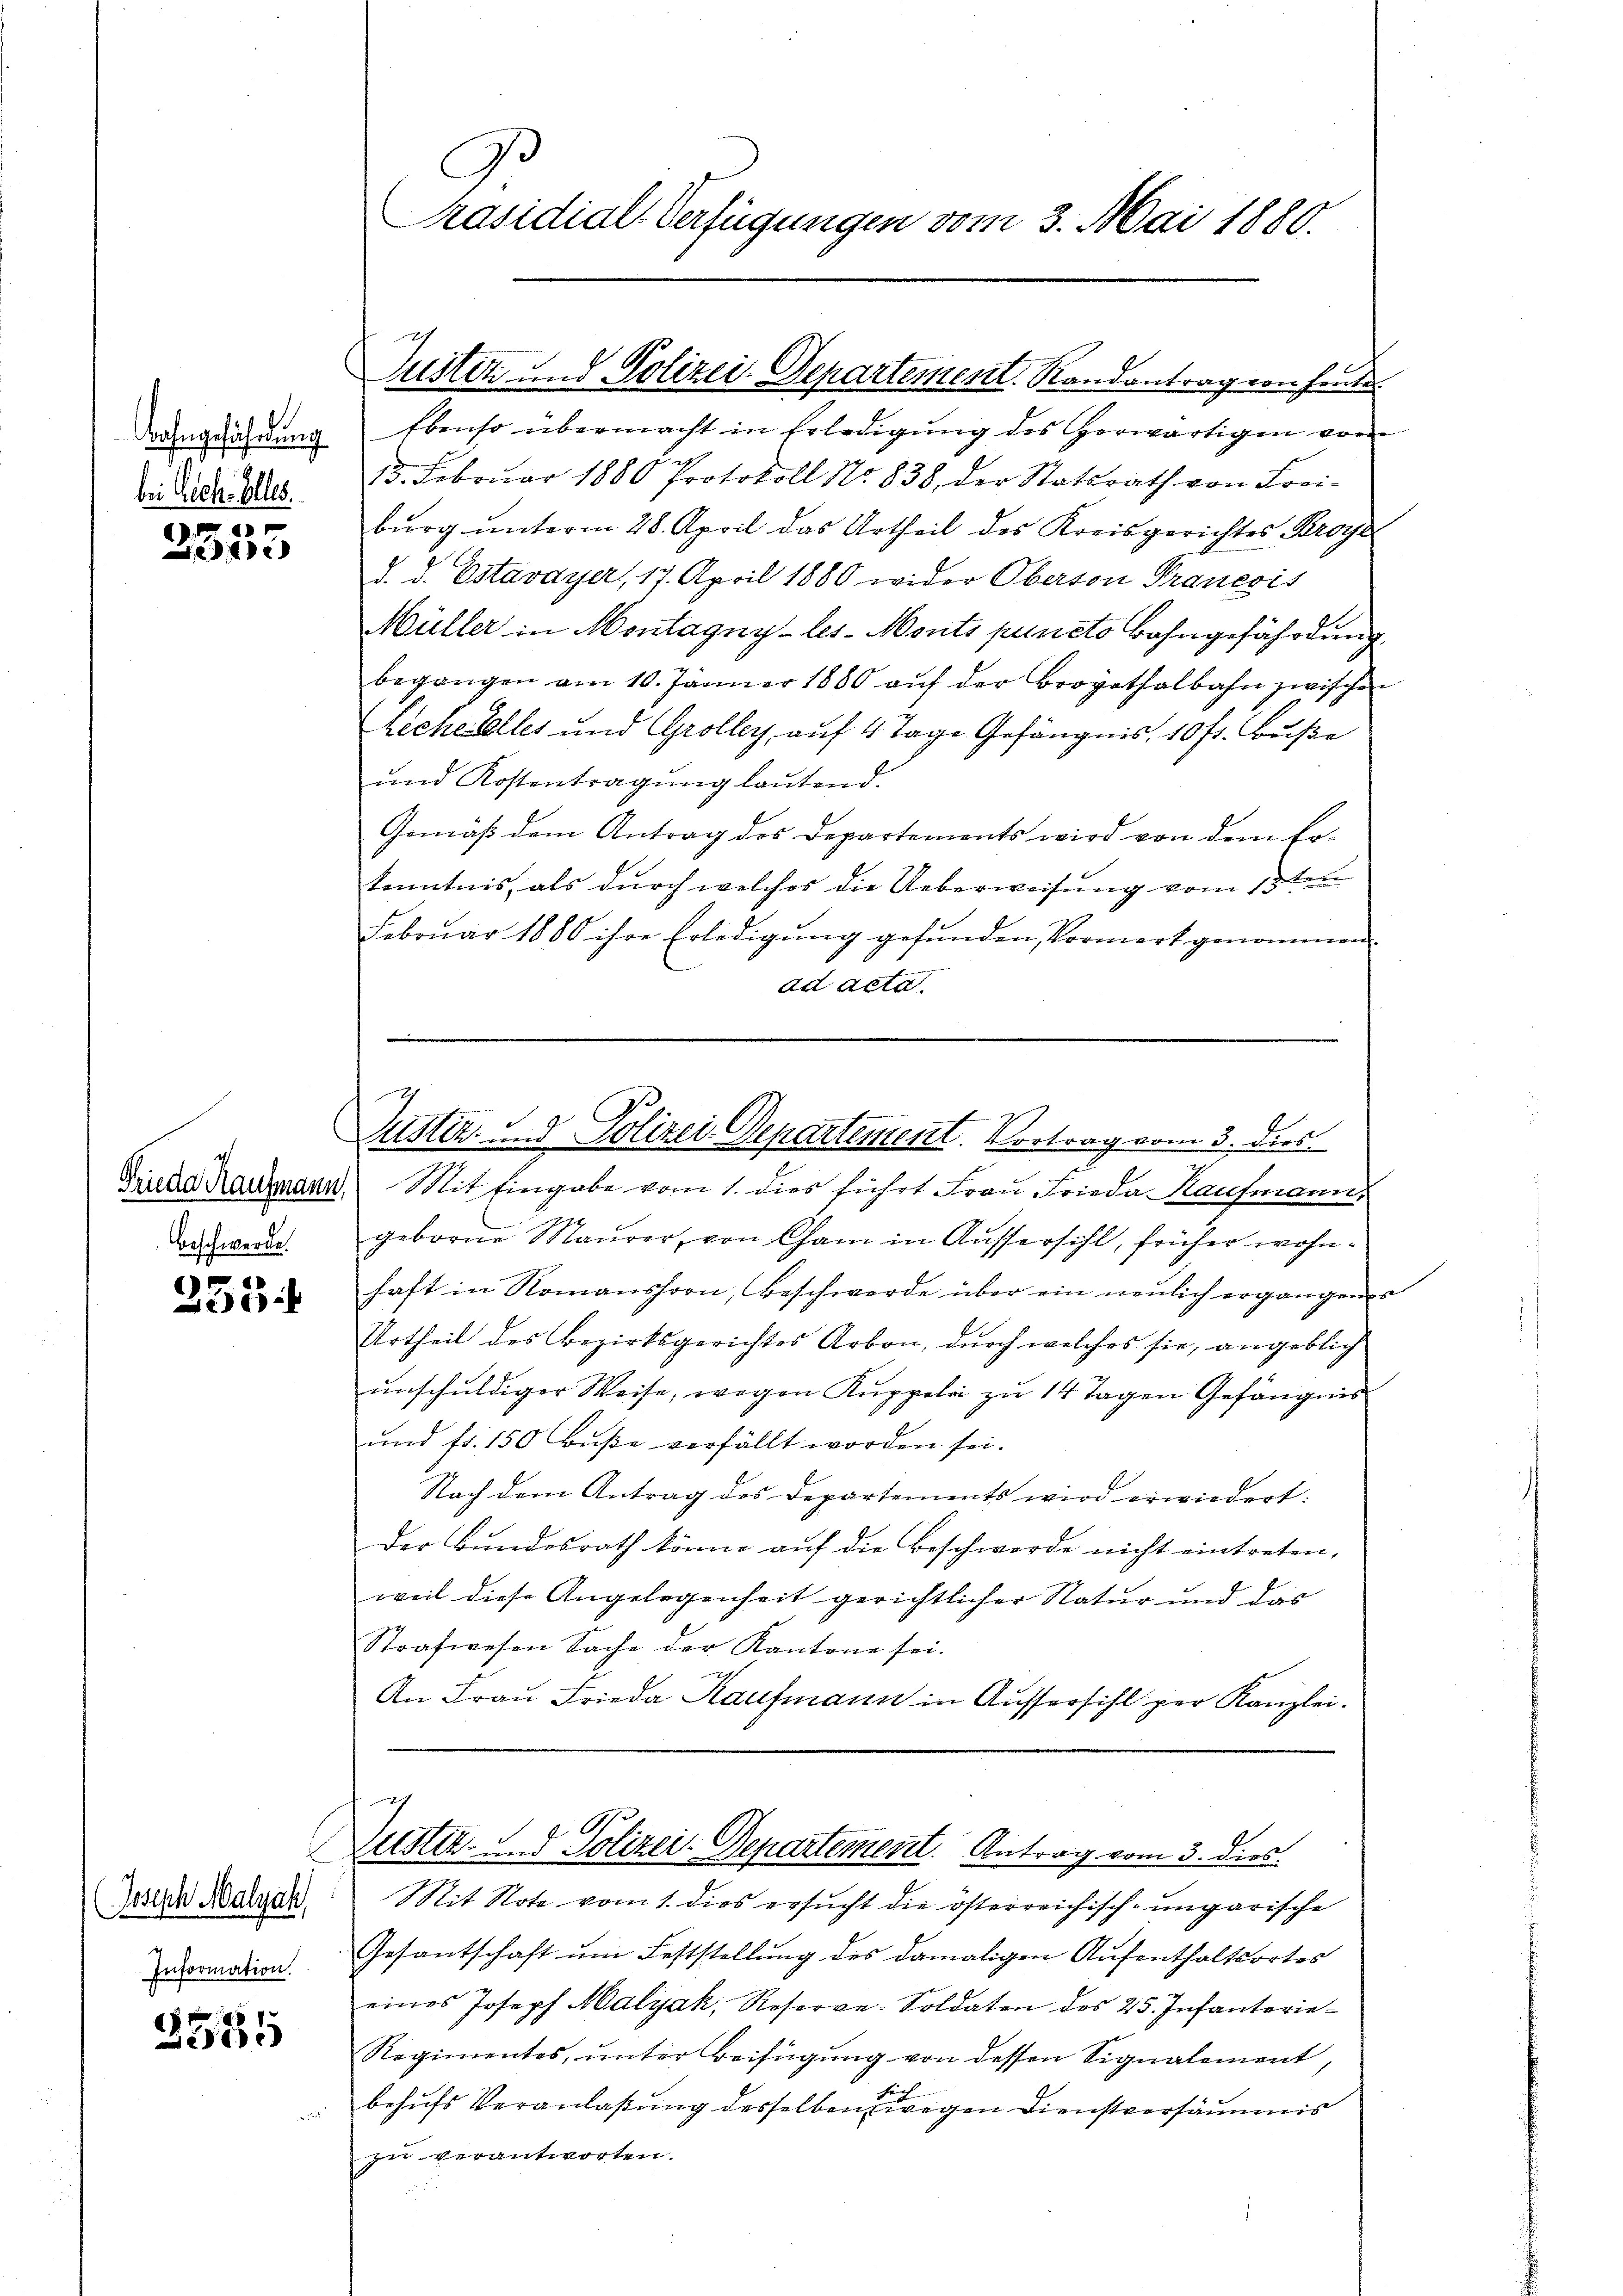
Bahngeführung
bei Sch. Elles.

4
.
e

Beschwerde.

7
5

E
Joseph Malyah
Information.

3585

.
Präsidial-Verfügungen vom 3. Mai 1880.

Justiz und Polizei-Departement. Randantrag von heute

Ebenso übermacht in Erledigung des erwärtigen vom
13. Febrŭar 1880 Protokoll No 838, der Statsrath von Frei-
burg unterm 28. April das Urtheil des Kreisgerichtes Kroye
d. d. Estavayer, 17. April 1880 wider Oberson Pranesis
Müller in Montagny-les-Monts puncto Bahngefährdung
begangen am 10. Jänner 1880 aŭf der Brogathalbahn zwischen
Lechetelles und Grolley, auf 4 Tage Gefängnis, 10 fr. Buße
und Kostentragung lautend.
Gemäß dem Antrag des Departements wird von dem Lokenntnis, als durch welches die Ueberweisung vom 13ten
Februar 1880 ihre Erledigung gefunden, Vormerk genommen
ad Acta.

.
Justiz- und Polizei-Departement. Vortrag vom 3. dies

Frida Raumann Mit Eingabe vom 1. dies führt Frau Frieda Kaufmann,
geborne Maŭrer, von Cham in Aussersihl, früher wohnhaft in Romanshorn, Beschwerde über ein neulich ergangenes
Urtheil des Bezirksgerichtes Arbon, durch welches sie, angeblich
unschuldiger Weise, wegen Kuppela zu 14 Tagen Gefängnis
und fr. 150 Buße verfällt worden sei.
Nach dem Antrag des Departements wird erwiedert:
Der Bundesrath könne auf die Beschwerde nicht eintreten,
weil diese Angelegenheit gerichtlicher Natur und das
Strafwesen Sache der Kantone sei.
An Fraŭ Frieda Kaufmann in Aussersihl per Kanzlei.

7
Liester.   Polizei-Departement. Antrag vom 3. dies

Mit Note vom 1. dies ersucht die österreichisch-ungarische
Gesantschaft ŭm Feststellung des damaligen Aufenthaltsortes
eines Joseph Malyah, Reserve-Soldaten des 25. Infanterie-
Regimentes, unter Beifügung von dessen Signalement,
behŭfs Veranlaßung desselben wegen Dienstversäumis
zu verantworten.